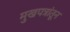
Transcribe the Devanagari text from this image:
मुखपत्रांतून